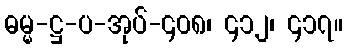
ဓမ္မ-ဋ္ဌ-ပ-အုပ်-၄၀၈၊ ၄၁၂၊ ၄၁၇။